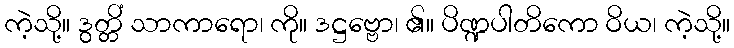
ကဲ့သို့။ ဒွတ္တိံ သာကာရော၊ ကို။ ဒဋ္ဌဗ္ဗော၊ ၏။ ပိဏ္ဍပါတိကော ဝိယ၊ ကဲ့သို့။